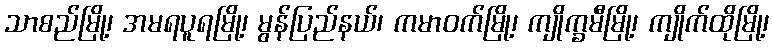
သာစည်မြို့၊ အမရပူရမြို့၊ မွန်ပြည်နယ်၊ ကမာဝက်မြို့၊ ကျိုက္ခမီမြို့၊ ကျိုက်ထိုမြို့၊